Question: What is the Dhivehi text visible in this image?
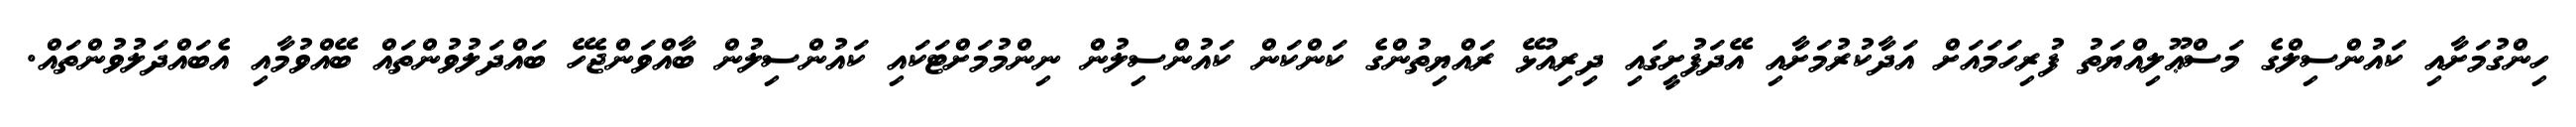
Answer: ހިންގުމަށާއި ކައުންސިލްގެ މަސްޢޫލިއްޔަތު ފުރިހަމައަށް އަދާކުރުމަށާއި އޭދަފުށީގައި ދިރިއުޅޭ ރައްޔިތުންގެ ކަންކަން ކައުންސިލުން ނިންމުމަށްޓަކައި ކައުންސިލުން ބާއްވަންޖެހޭ ބައްދަލުވުންތައް ބޭއްވުމާއި އެބައްދަލުވުންތައް.